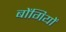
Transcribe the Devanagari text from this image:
बोंगियों